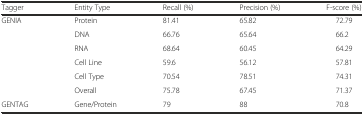
| Tagger | Entity Type | Recall (%) | Precision (%) | F-score (%) |
 | --- | --- | --- | --- | --- |
 | <ROWSPAN=6> GENIA | Protein | 81.41 | 65.82 | 72.79 |
 | DNA | 66.76 | 65.64 | 66.2 |
 | RNA | 68.64 | 60.45 | 64.29 |
 | Cell Line | 59.6 | 56.12 | 57.81 |
 | Cell Type | 70.54 | 78.51 | 74.31 |
 | Overall | 75.78 | 67.45 | 71.37 |
 | GENTAG | Gene/Protein | 79 | 88 | 70.8 |